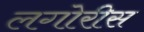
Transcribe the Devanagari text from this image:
लगोरीस